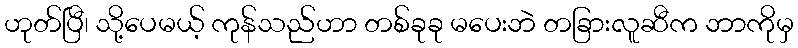
ဟုတ်ပြီ၊ သို့ပေမယ့် ကုန်သည်ဟာ တစ်ခုခု မပေးဘဲ တခြားလူဆီက ဘာကိုမှ